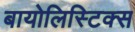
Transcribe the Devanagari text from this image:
बायोलिस्टिक्स